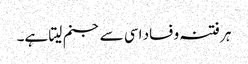
ہر فتنہ و فساد اسی سے جنم لیتا ہے۔